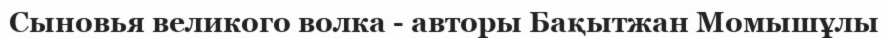
Сыновья великого волка - авторы Бақытжан Момышұлы